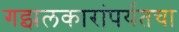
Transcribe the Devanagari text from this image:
गझलकारांपर्यंतचा